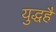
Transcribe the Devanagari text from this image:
युद्धहै